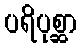
ပရိပုစ္ဆာ